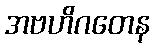
အဗဟိဂတေန